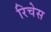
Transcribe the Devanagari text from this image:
रिचेस